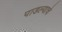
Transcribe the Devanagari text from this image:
पाडल्याचे